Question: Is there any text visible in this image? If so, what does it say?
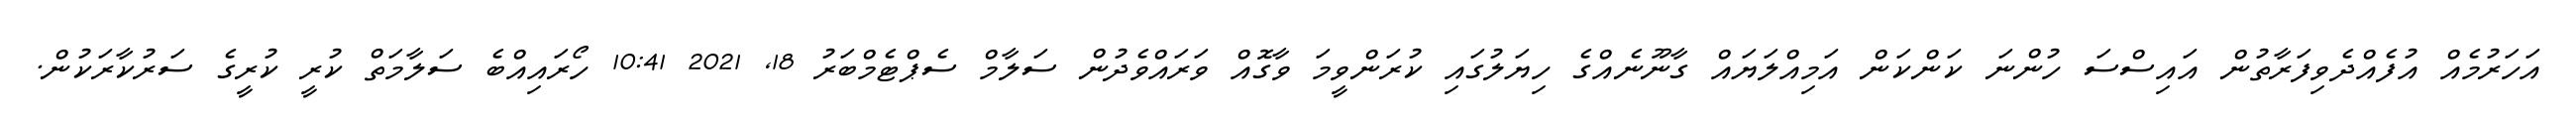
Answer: އަހަރުމެއް އުފެއްދެވިފަރާތުން އައިސްސަ ހުންނަ ކަންކަން އަމިއްލަޔައް ގާނޫނެއްގެ ހިޔަލުގައި ކުރަންވީމަ ވާގޮއް ވަރައްވެދުން ސަލާމް ސެޕްޓެމްބަރު 18, 2021 10:41 ހޯރައިއްބެ ސަލާމަތް ކުރީ ކުރީގެ ސަރުކާރަކުން.